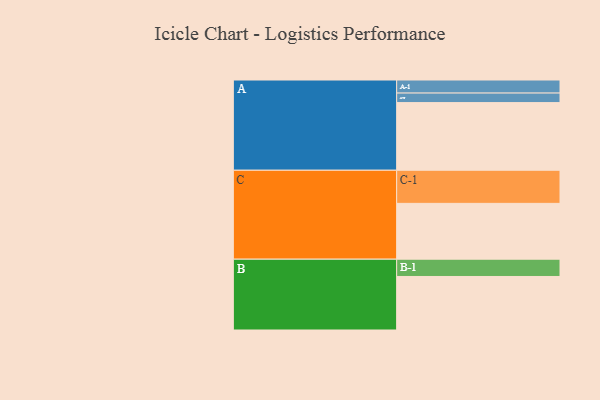
{"axis": {"x": "Segment", "y": "Value"}, "legend": ["", "A", "B", "C"], "data": [{"x": "A", "y": 560, "type": ""}, {"x": "B", "y": 443, "type": ""}, {"x": "C", "y": 462, "type": ""}, {"x": "A-1", "y": 108, "type": "A"}, {"x": "A-2", "y": 79, "type": "A"}, {"x": "B-1", "y": 143, "type": "B"}, {"x": "C-1", "y": 274, "type": "C"}]}